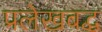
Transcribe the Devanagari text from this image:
प्रलेखबद्ध